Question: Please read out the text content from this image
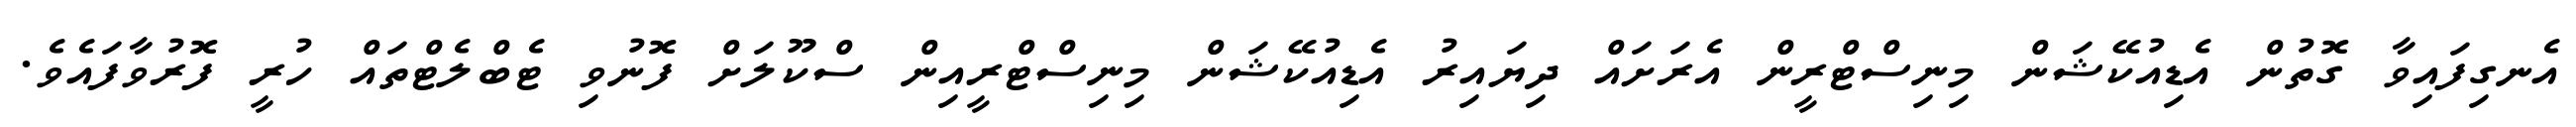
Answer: އެނގިފައިވާ ގޮތުން އެޑިއުކޭޝަން މިނިސްޓްރީން އެރަށައް ދިޔައިރު އެޑިއުކޭޝަން މިނިސްޓްރީއިން ސްކޫލަށް ފޮނުވި ޓެބްލެޓްތައް ހުރީ ފޮރުވާފައެވެ.